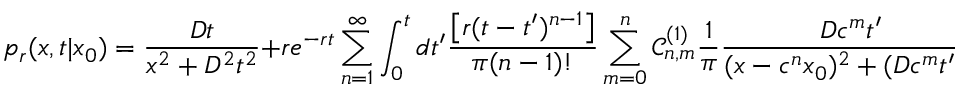
p _ { r } ( x , t | x _ { 0 } ) = \frac { D t } { x ^ { 2 } + D ^ { 2 } t ^ { 2 } } + r e ^ { - r t } \sum _ { n = 1 } ^ { \infty } \int _ { 0 } ^ { t } d t ^ { \prime } \frac { \left[ r ( t - t ^ { \prime } ) ^ { n - 1 } \right] } { \pi ( n - 1 ) ! } \sum _ { m = 0 } ^ { n } \mathcal { C } _ { n , m } ^ { ( 1 ) } \frac { 1 } { \pi } \frac { D c ^ { m } t ^ { \prime } } { ( x - c ^ { n } x _ { 0 } ) ^ { 2 } + ( D c ^ { m } t ^ { \prime } ) ^ { 2 } } .